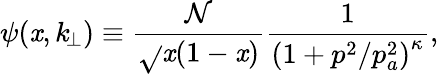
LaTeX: \psi(\mathit{x},k_{\! \perp})\equiv\frac{{\mathcal{{N}}}}{{\sqrt{}{{\mathit{x}(1-\mathit{x})}}}}\frac{{1}}{{\left(1+p^{2}/p_{a}^{2}\right)^{\kappa}}},